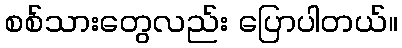
စစ်သားတွေလည်း ပြောပါတယ်။